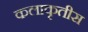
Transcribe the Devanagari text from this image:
कलाकृतीस